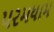
પરમધામ